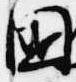
国